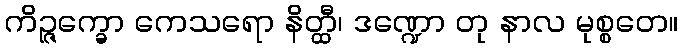
ကိဉ္ဇက္ခော ကေသရော နိတ္ထီ၊ ဒဏ္ဍော တု နာလ မုစ္စတေ။